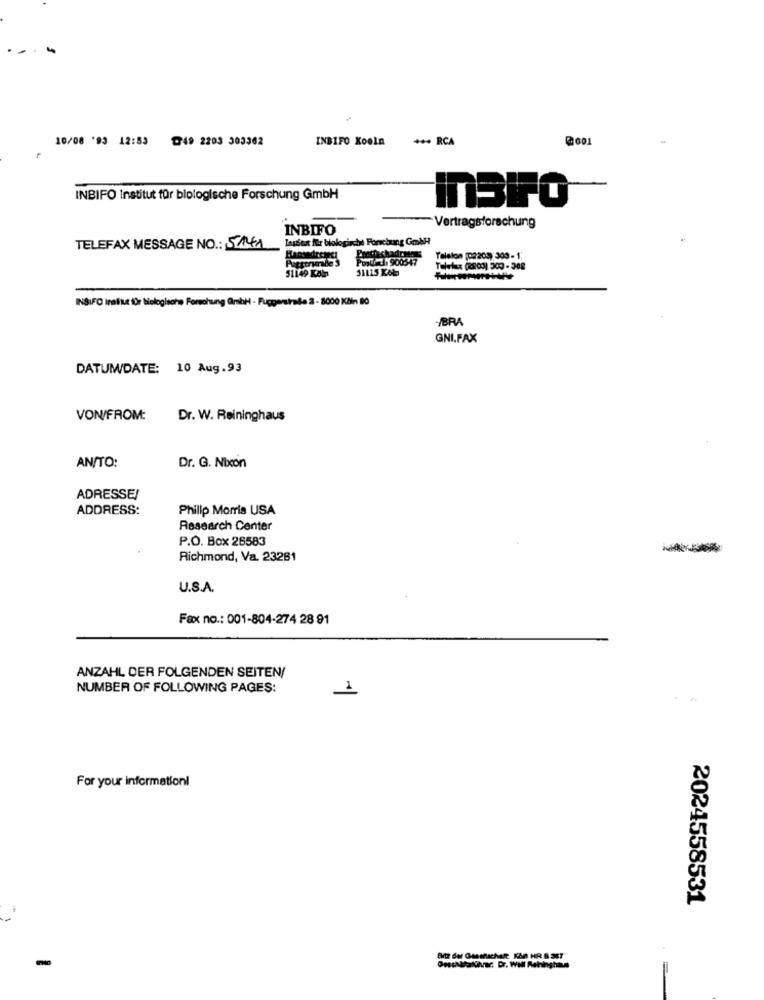
10/08 '93 12:53 49 2203 303362
INBIFO Koeln
*** RCA
@601
INBIFO Institut für biologische Forschung GmbH
InSPO
INBIFO
-Vertragsforschung
TELEFAX MESSAGE NO .: 5141 Lauder für biologiche Fonchung Gmbh
asfachadraso
Telefon (02:208) 300- 1.
Font, 900547
51115 Kob
51149 KAIn
INSIFO institut für biologische Forschung GmbH - Fuggerstraße 2 - 8000 Köln 80
BRA
GNI.FAX
DATUM/DATE: 10 Aug.93
VON/FROM:
Dr. W. Reininghaus
AN/TO:
Dr. G. Nixon
ADRESSE!
ADDRESS:
Philip Morris USA
Research Center
P.O. Box 26583
Richmond, Va. 23281
U.S.A.
Fax no .: 001-804-274 28 91
ANZAHL DER FOLGENDEN SEITEN/
NUMBER OF FOLLOWING PAGES:
For your informationl
2024558531
Orschltalhver. Dr. Will Rahinghaus